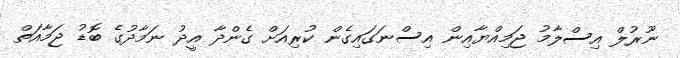
ނޫރުލް އިސްލާމު ޖަމިއްޔާއިން އިސްނަގައިގެން ކުރިއަށް ގެންދާ އީދު ނަމާދުގެ ބޮޑު ޖަމާއަތް